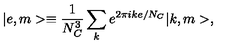
| e , m > \equiv \frac { 1 } { N _ { C } ^ { 3 } } \sum _ { k } e ^ { 2 \pi i k e / N _ { C } } | k , m > ,